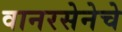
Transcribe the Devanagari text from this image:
वानरसेनेचे